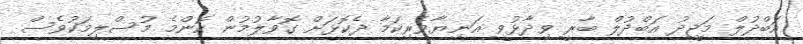
އަބްދުލް މަޖީދު އަބްދުލް ބާރީ ވިދާޅުވީ އަނިޔާވެރިކަމާ ދެކޮޅަށް ގޮވާލުމުން ކޮންމެ މުސްލިމަކުވެސް